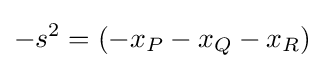
-s^{2}=(-x_{P}-x_{Q}-x_{R})